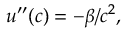
u ^ { \prime \prime } ( c ) = - \beta / c ^ { 2 } ,